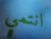
انتمي